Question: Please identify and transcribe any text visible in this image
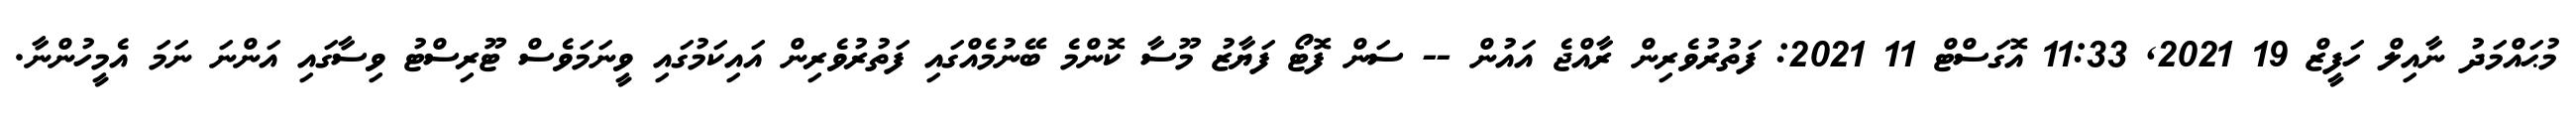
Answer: މުޙައްމަދު ނާއިލް ހަފީޒް 19 2021, 11:33 އޮގަސްޓް 11 2021: ފަތުރުވެރިން ރާއްޖެ އައުން -- ސަން ފޮޓޯ ފަޔާޒު މޫސާ ކޮންމެ ބޭނުމެއްގައި ފަތުރުވެރިން އައިކަމުގައި ވީނަމަވެސް ޓޫރިސްޓު ވިސާގައި އަންނަ ނަމަ އެމީހުންނާ.